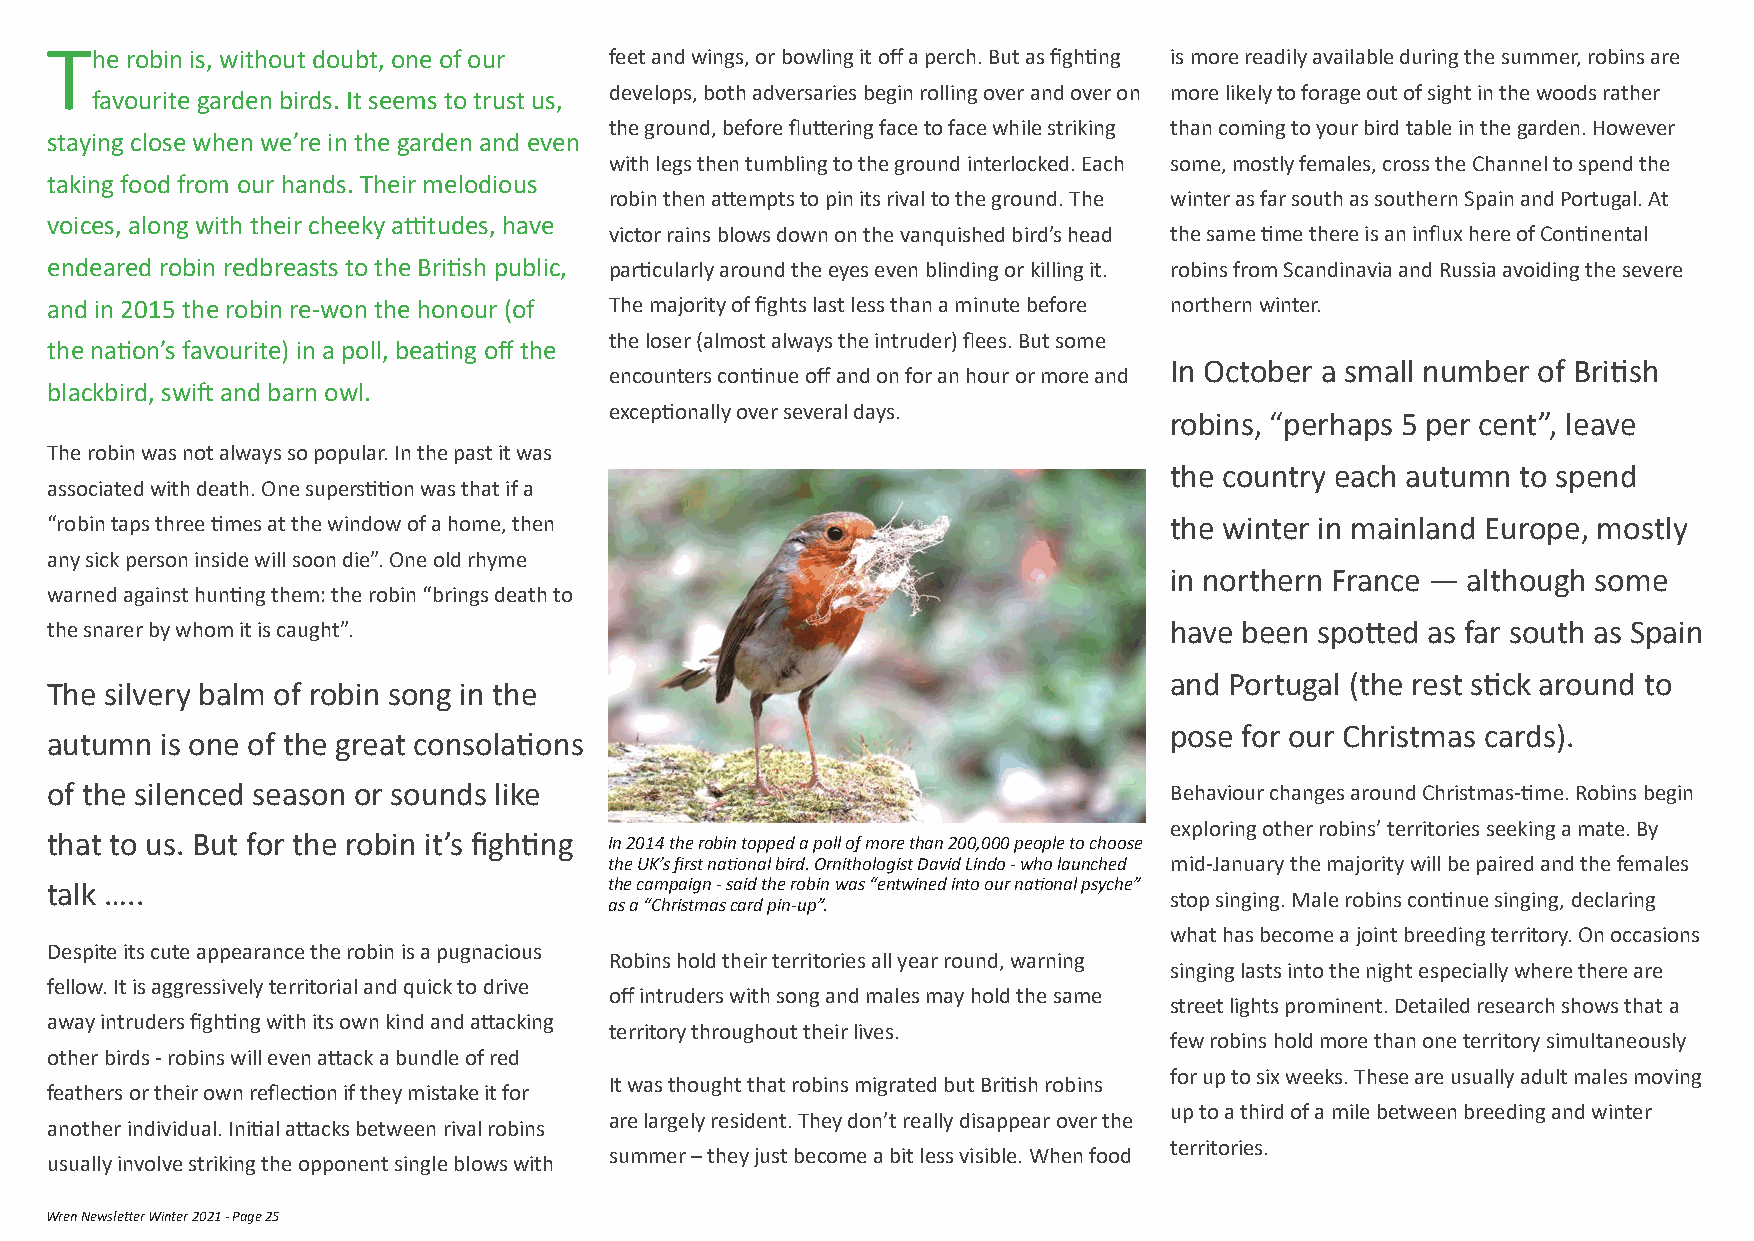
The  robin is, without doubt, one of our feet and wings, or bowling it off a perch. But as fighting is more readily available during the summer, robins are
 develops, both adversaries begin rolling over and over on more likely to forage out of sight in the woods rather
 favourite garden birds. It seems to trust us,
 the ground, before fluttering face to face while striking than coming to your bird table in the garden. However
 staying close when we’re in the garden and even
 with legs then tumbling to the ground interlocked. Each some, mostly females, cross the Channel to spend the
 taking food from our hands. Their melodious
 robin then attempts to pin its rival to the ground. The winter as far south as southern Spain and Portugal. At
 voices, along with their cheeky attitudes, have
 victor rains blows down on the vanquished bird’s head the same time there is an influx here of Continental
 endeared robin redbreasts to the British public, particularly around the eyes even blinding or killing it. robins from Scandinavia and Russia avoiding the severe
 and in 2015 the robin re-won the honour (of The majority of fights last less than a minute before northern winter.
 the loser (almost always the intruder) flees. But some
 the nation’s favourite) in a poll, beating off the
 In October a small number of British
 encounters continue off and on for an hour or more and
 blackbird, swift and barn owl.
 exceptionally over several days.
 robins, “perhaps 5 per cent”, leave
 The robin was not always so popular. In the past it was
 the country each autumn to spend
 associated with death. One superstition was that if a
 “robin taps three times at the window of a home, then                     the winter in mainland Europe, mostly
 any sick person inside will soon die”. One old rhyme
 in northern France — although some
 warned against hunting them: the robin “brings death to
 the snarer by whom it is caught”.                                         have been spotted as far south as Spain
 and Portugal (the rest stick around to
 The silvery balm of robin song in the
 pose for our Christmas cards).
 autumn  is one of the great consolations
 of the silenced season or sounds like                                     Behaviour changes around Christmas-time. Robins begin
 exploring other robins’ territories seeking a mate. By
 that to us. But for the robin it’s fighting In 2014 the robin topped a poll of more than 200,000 people to choose
 the UK’s first national bird. Ornithologist David Lindo - who launched mid-January the majority will be paired and the females
 talk …..                             the campaign - said the robin was “entwined into our national psyche”
 stop singing. Male robins continue singing, declaring
 as a “Christmas card pin-up”.
 what has become a joint breeding territory. On occasions
 Despite its cute appearance the robin is a pugnacious
 Robins hold their territories all year round, warning
 singing lasts into the night especially where there are
 fellow. It is aggressively territorial and quick to drive
 off intruders with song and males may hold the same
 street lights prominent. Detailed research shows that a
 away intruders fighting with its own kind and attacking
 territory throughout their lives.
 few robins hold more than one territory simultaneously
 other birds - robins will even attack a bundle of red
 for up to six weeks. These are usually adult males moving
 It was thought that robins migrated but British robins
 feathers or their own reflection if they mistake it for
 up to a third of a mile between breeding and winter
 are largely resident. They don’t really disappear over the
 another individual. Initial attacks between rival robins
 territories.
 summer – they just become a bit less visible. When food
 usually involve striking the opponent single blows with
 Wren Newsletter Winter 2021 - Page 25